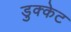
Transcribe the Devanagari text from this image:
डुक्केट